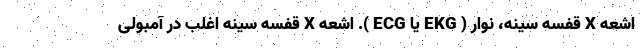
اشعه X قفسه سینه، نوار ( EKG یا ECG ). اشعه X قفسه سینه اغلب در آمبولی